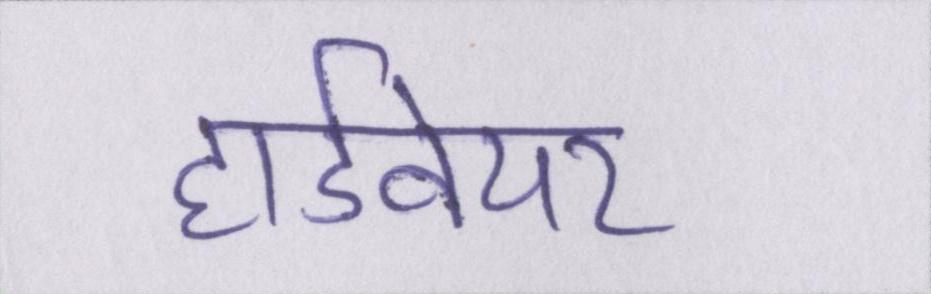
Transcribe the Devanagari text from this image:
हार्डवेयर